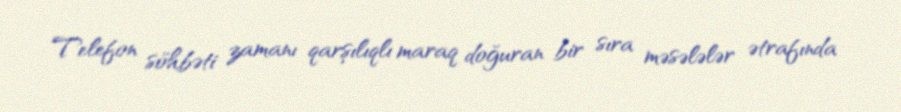
Telefon söhbəti zamanı qarşılıqlı maraq doğuran bir sıra məsələlər ətrafında